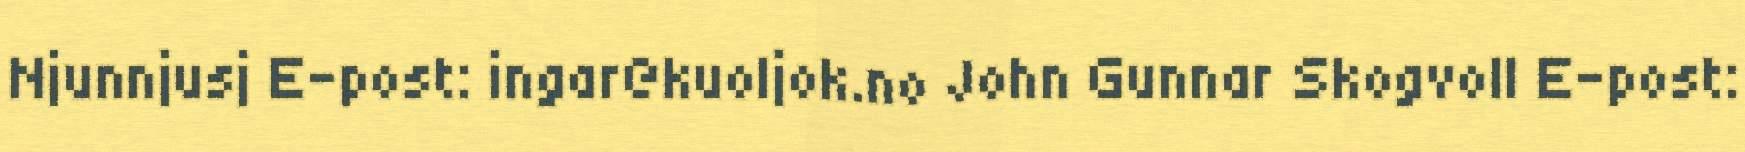
Njunnjusj E-post: ingar@kuoljok.no John Gunnar Skogvoll E-post: